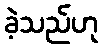
ခဲ့သည်ဟု